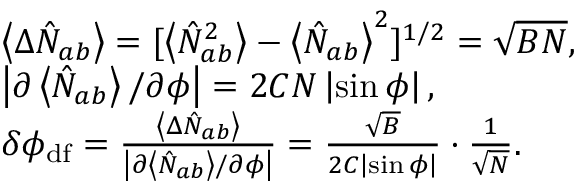
\begin{array} { r l r } & { \left\langle \Delta \hat { N } _ { a b } \right\rangle = [ \left\langle \hat { N } _ { a b } ^ { 2 } \right\rangle - \left\langle \hat { N } _ { a b } \right\rangle ^ { 2 } ] ^ { 1 / 2 } = \sqrt { B N } , } & \\ & { \left\vert \partial \left\langle \hat { N } _ { a b } \right\rangle / \partial \phi \right\vert = 2 C N \left\vert \sin \phi \right\vert , } & \\ & { \delta \phi _ { \mathrm { d f } } = \frac { \left\langle \Delta \hat { N } _ { a b } \right\rangle } { \left\vert \partial \left\langle \hat { N } _ { a b } \right\rangle / \partial \phi \right\vert } = \frac { \sqrt { B } } { 2 C \left\vert \sin \phi \right\vert } \cdot \frac { 1 } { \sqrt { N } } . } & \end{array}